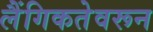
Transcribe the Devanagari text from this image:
लैंगिकतेवरून